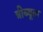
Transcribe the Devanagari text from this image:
त्रीब्यूता